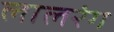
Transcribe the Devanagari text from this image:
लालरंग